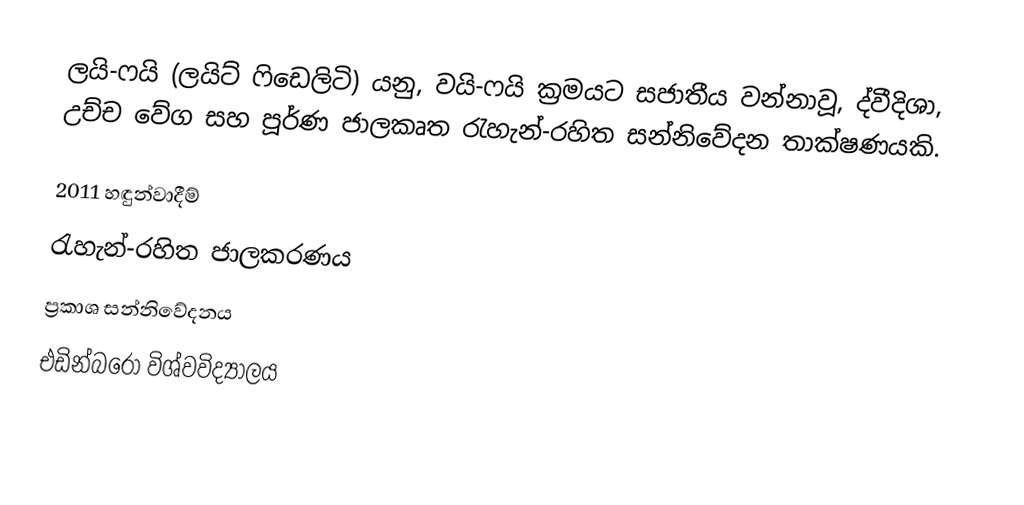
ලයි-ෆයි (ලයිට් ෆිඩෙලිටි) යනු,  වයි-ෆයි ක්‍රමයට සජාතීය වන්නාවූ, ද්වීදිශා, උච්ච වේග සහ පූර්ණ ජාලකෘත රැහැන්-රහිත සන්නිවේදන  තාක්ෂණයකි.

2011 හඳුන්වාදීම්
රැහැන්-රහිත ජාලකරණය
ප්‍රකාශ සන්නිවේදනය
එඩින්බරෝ විශ්වවිද්‍යාලය